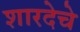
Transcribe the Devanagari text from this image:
शारदेचे